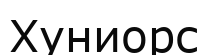
Хуниорс